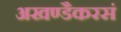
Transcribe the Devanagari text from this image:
अखण्डैकरसं